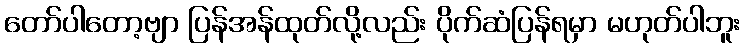
တော်ပါတော့ဗျာ ပြန်အန်ထုတ်လို့လည်း ပိုက်ဆံပြန်ရမှာ မဟုတ်ပါဘူး